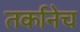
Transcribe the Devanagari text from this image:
तर्कानेच